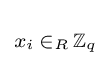
\scriptstyle x_{i}\,\in _{R}\,\mathbb {Z} _{q}